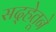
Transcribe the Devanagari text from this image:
सद्हेतूने